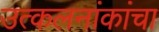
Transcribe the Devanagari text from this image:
उत्कलनांकांचा